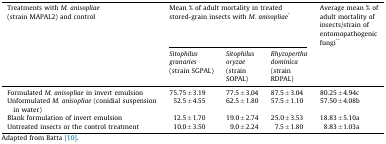
| Treatments with M. anisopliae (strain MAPAL2) and control | <COLSPAN=3> Mean % of adult mortality in treated stored-grain insects with M. anisopliae* | Average mean % of adult mortality of insects/strain of entomopathogenic fungi** |
 |  | Sitophilus granaries (strain SGPAL) | Sitophilus oryzae (strain SOPAL) | Rhyzopertha dominica (strain RDPAL) |  |
 | --- | --- | --- | --- | --- |
 | Formulated M. anisopliae in invert emulsion | 75.75 ± 3.19 | 77.5 ± 3.04 | 87.5 ± 3.04 | 80.25 ± 4.94c |
 | Unformulated M. anisopliae (conidial suspension in water) | 52.5 ± 4.55 | 62.5 ± 1.80 | 57.5 ± 1.10 | 57.50 ± 4.08b |
 | Blank formulation of invert emulsion | 12.5 ± 1.70 | 19.0 ± 2.74 | 25.0 ± 3.53 | 18.83 ± 5.10a |
 | Untreated insects or the control treatment | 10.0 ± 3.50 | 9.0 ± 2.24 | 7.5 ± 1.80 | 8.83 ± 1.03a |